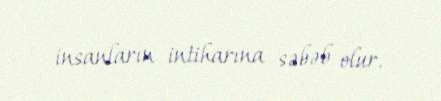
insanların intiharına səbəb olur.